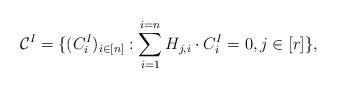
LaTeX: \begin{align*} \mathcal{C}^{I} = \{(C^{I}_i)_{i \in [n]}: \sum_{i = 1}^{i = n} H_{j, i} \cdot C^{I}_i = 0, j \in [r]\}, \end{align*}